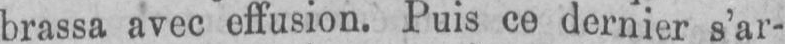
brassa avec effusion. Puis ce dernier s’ar-